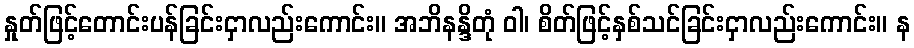
နှုတ်ဖြင့်တောင်းပန်ခြင်းငှာလည်းကောင်း။ အဘိနန္ဒိတုံ ဝါ၊ စိတ်ဖြင့်နှစ်သင်ခြင်းငှာလည်းကောင်း။ န